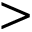
> \